Annual report on the Civil Veterinary Department, Burma (including the Insein Veterinary School) - 1910-1922
Year: 1910
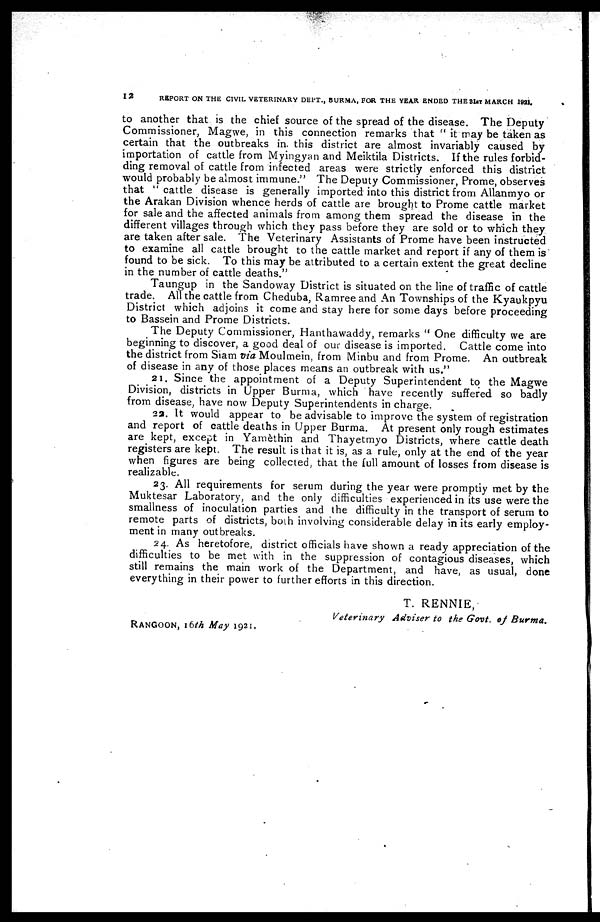
12
REPORT ON THE CIVIL VETERINARY DEPT., BURMA, FOR THE YEAR ENDED THE 31ST MARCH 1921.
to another that is the chief source of the spread of the disease. The Deputy
Commissioner, Magwe, in this connection remarks that " it may be taken as
certain that the outbreaks in. this district are almost invariably caused by
importation of cattle from Myingyan and Meiktila Districts. If the rules forbid-
ding removal of cattle from infected areas were strictly enforced this district
would probably be almost immune." The Deputy Commissioner, Prome, observes
that "cattle disease is generally imported into this district from Allanmyo or
the Arakan Division whence herds of cattle are brought to Prome cattle market
for sale and the affected animals from among them spread the disease in the
different villages through which they pass before they are sold or to which they
are taken after sale. The Veterinary Assistants of Prome have been instructed
to examine all cattle brought to the cattle market and report if any of them is
found to be sick. To this may be attributed to a certain extent the great decline
in the number of cattle deaths."
Taungup in the Sandoway District is situated on the line of traffic of cattle
trade. All the cattle from Cheduba, Ramree and An Townships of the Kyaukpyu
District which adjoins it come and stay here for some days before proceeding
to Bassein and Prome Districts.
The Deputy Commissioner, Hanthawaddy, remarks " One difficulty we are
beginning to discover, a good deal of our disease is imported. Cattle come into
the district from Siam via Moulmein, from Minbu and from Prome. An outbreak
of disease in any of those places means an outbreak with us."
21. Since the appointment of a Deputy Superintendent to the Magwe
Division, districts in Upper Burma, which have recently suffered so badly
from disease, have now Deputy Superintendents in charge.
32. It would appear to be advisable to improve the system of registration
and report of cattle deaths in Upper Burma. At present only rough estimates
are kept, except in Yamethin and Thayetmyo Districts, where cattle death
registers are kept. The result is that it is, as a rule, only at the end of the year
when figures are being collected, that the full amount of losses from disease is
realizable.
23. All requirements for serum during the year were promptly met by the
Muktesar Laboratory, and the only difficulties experienced in its use were the
smallness of inoculation parties and the difficulty in the transport of serum to
remote parts of districts, both involving considerable delay in its early employ-
ment in many outbreaks.
24. As heretofore, district officials have shown a ready appreciation of the
difficulties to be met with in the suppression of contagious diseases, which
still remains the main work of the Department, and have, as usual, done
everything in their power to further efforts in this direction.
T. RENNIE,
Veterinary
Adviser to the Govt, of Burma.
Rangoon, 16th May 1921.